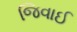
જિવાઈ